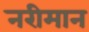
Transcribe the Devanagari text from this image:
नरीमान